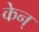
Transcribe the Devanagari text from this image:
केन्